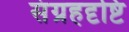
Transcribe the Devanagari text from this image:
संग्रहदृष्टि